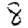
Digit: 8